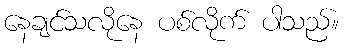
နေချင်သလိုနေ ပစ်လိုက် ပါသည်။